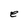
Character: e